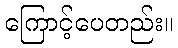
ကြောင့်ပေတည်း။